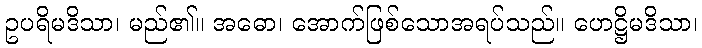
ဥပရိမဒိသာ၊ မည်၏။ အဓော၊ အောက်ဖြစ်သောအရပ်သည်။ ဟေဋ္ဌိမဒိသာ၊